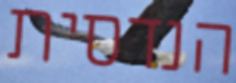
הנדסית